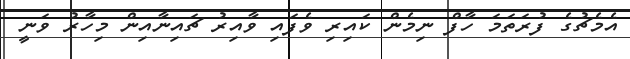
އެމެޗުގެ ފުރަތަމަ ހާފް ނިމެން ކައިރި ވެފައި ވާއިރު ޗައިނާއިން މިހާރު ވަނީ